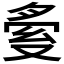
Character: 𠭟